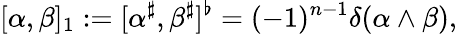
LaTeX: [\alpha,\beta]_{1}:=[\alpha^{\sharp},\beta^{\sharp}]^{\flat}=(-1)^{n-1}\delta(\alpha\wedge\beta),